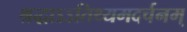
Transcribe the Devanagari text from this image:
श्रद्धाऽऽतिथ्यमदर्चनम्